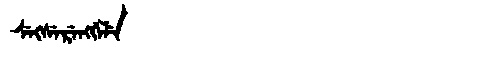
Manchu: ᠰᡝᡴᠰᡝᡵᡝᠩᡤᡝᠯᡝ
Romanization: SEKSERENGGELE